Report on sanitation, dispensaries, and jails in Rajputana for 1910, and on vaccination for the year 1910-1911 - 1910-1911
Year: 1910
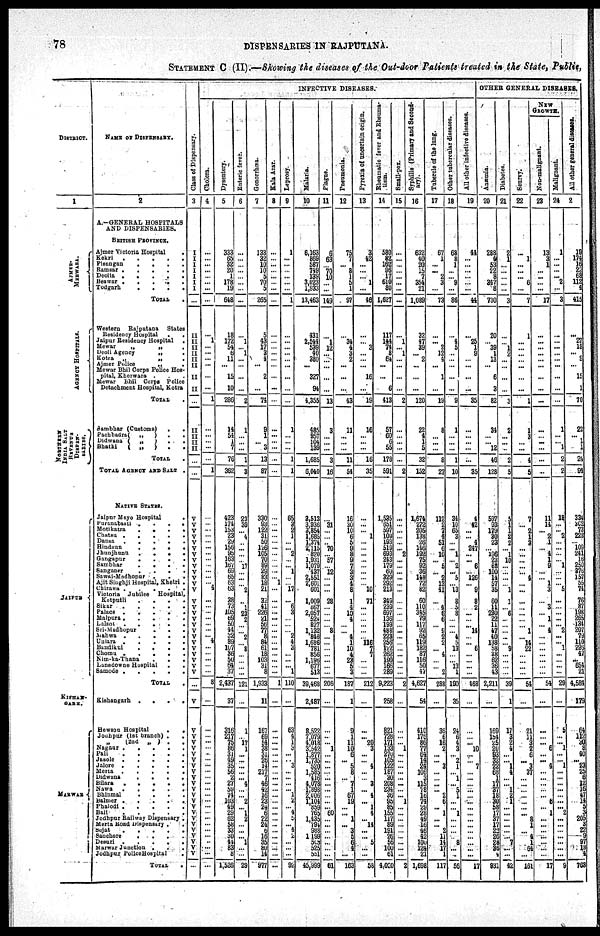
78
DISPENSARIES IN RAJPUTANA.
STATEMENT C (II).—Showing the diseases of the Out-door Patients treated in the State, Public,
DISTRICT.
1
AJMER¬
MERWARA.
AGENCY HOSPITALS.
NORTHERN
INDIA SALT
REVENUE
DISPEN¬
SARIES.
JAIPUR
KISHAN¬
GARH.
MARWAR
NAME OF DISPENSARY.
2
A.—GENERAL HOSPITALS
AND DISPENSARIES.
BRITISH PROVINCE.
Aimer Victoria Hospital
.
Kekri
.
.
.
.
.
Pisangan
.
.
.
.
Ramsar
.
.
.
.
.
Deolia
.
.
.
.
.
Beawar .
.
.
.
.
Todgarh
.
.
.
.
TOTAL
.
Western Rajputana States
Residency Hospital . .
Jaipur Residency Hospital .
Mewar
„
„ .
Deoli Agency
„ .
Kotra „
„ .
Ajmer Police
„ .
Mewar Bhil Corps Police Hos¬
------ Kherwara . . .
Mewar Bhil Corps Police
Detachment Hospital, Kotra
TOTAL .
Sambhar (Customs)
.
.
Pachbadra( „
) . .
Didwana (
„
)
.
.
Bhatki
( „
)
. .
TOTAL .
TOTAL AGENCY AND SALT .
NATIVE STATES.
Jaipur Mayo Hospital
.
Puranabasti .
.
.
.
Motikatra
.
.
.
.
Chatsu .
.
.
.
.
Dausa .
.
.
.
.
Hindaun
.
.
.
.
Jhunjhunu
.
.
.
.
Gangapur
.
.
.
.
Sambher
.
.
.
.
Sanganer
.
.
.
.
Sawai-Madhopur .
.
.
Ajit Singhji Hospital, Khetri .
Chirawa .
.
.
.
Victoria Jubllee Hospital.
Kotputli
.
.
.
.
Sikar
.
.
.
.
.
Palace
.
.
.
.
.
Malpura
.
.
.
.
.
Lalsot .
.
.
.
.
Sri-Madhopur
.
.
.
Mahwa .
.
.
.
.
Uniara
.
.
.
.
.
Bandikui
.
.
.
.
Chomu .
.
.
.
.
Nim-ka-Thana
.
.
.
Lansdowne Hospital
.
.
Samode .
.
.
.
.
TOTAL
.
Kishangarh .
.
.
.
Hewson Hospital
.
.
Jodhpur (1st branch) .
.
„ (2nd „ ) . .
Nagaur
.
.
.
.
.
Pali
.
.
.
.
.
Jasole
.
.
.
.
.
Jalore
.
.
.
.
.
Merta
.
.
.
.
.
Didwana
.
.
.
.
Bilara
.
.
.
.
.
Nawa
.
.
.
.
.
Bhinmal
.
.
.
.
Balmer
.
.
.
.
.
Phalodi
.
.
.
.
.
Bali
.
.
.
.
.
Jodhpur Railway Dispensary .
Merta Road Dispensary . .
Sojat
.
.
.
.
.
Sanchore
.
.
.
.
Desuri
.
.
.
.
.
Marwar Junction .
.
.
Jodhpur Police Hospital
.
TOTAL
.
Class of Dispensary.
3
I
I
I
I
I
I
I
...
II
II
II
II
II
II
II
II
...
II
II
II
II
...
...
V
V
V
V
V
V
V
V
V
V
V
V
V
V
V
V
V
V
V
V
V
V
V
V
V
V
...
V
V
V
V
V
V
V
V
V
V
V
V
V
V
V
V
V
V
V
V
V
V
V
...
INFECTIVE DISEASES.
Cholera.
4
...
...
...
...
...
...
...
...
... 1
...
...
...
...
...
...
1
...
...
...
...
...
1
...
...
...
...
...
...
...
...
...
...
...
... 1
...
...
...
...
...
...
... 4
...
...
...
...
...
8
...
...
...
...
...
...
...
...
...
...
...
...
...
...
...
...
...
...
...
...
...
...
...
...
Dysentery.
5
333
65
32
20
1
178
19
648
18
172
54
6
11
...
15
10
288
14
54
1
7
76
382
423
174
153
23
29
156
95
163
167
69
65
63
63
28
73
105
69
50
44
22
89
107
36
50
64
37
2,437
37
316
217
75
86
31
49
35
56
2
27
59
74
103
49
29
62
58
33
30
44
83
8
1,526
Enteric fever.
6
...
...
...
...
...
...
...
...
... 1
... 1
...
...
...
...
2
1
...
...
...
1
3
23
39
... 4
...
...
...
... 17
...
...
... 2
...
1
23
2
...
... 2
... 8
...
...
...
...
121
...
1
...
17
1
...
...
...
...
... 4
...
...
2
... 1
2
...
...
... 1
...
...
29
Gonorrhœa.
7
133
32
10
10
5
70
5
265
5
43
17 3
4
...
2
...
74
9
1
... 3
13
87
330
93
122
31
50
126
105
70 39
29
83
18
21
32
41
226
21
56
77 8
84
61
18
103
31
8
1,933
11
167
69
54 38
31
26
14
217
7
46
42
16
23
24
6
22 24
6
16
35
90
14
977
Kala Azar.
8
...
...
...
...
...
...
...
...
...
...
...
...
...
...
...
...
...
...
...
...
...
...
...
...
...
...
...
...
...
...
...
...
...
... 1
...
...
...
...
...
...
...
...
...
...
...
...
...
...
1
...
...
...
...
...
...
...
...
...
...
...
...
...
...
...
...
...
...
...
...
...
...
...
...
Leprosy.
9
1
...
...
...
...
...
...
1
...
...
...
...
...
...
...
...
...
1
...
...
...
1
1
65
3
2
1
...
... 2
...
... 1
...
... 17
...
6
3
...
...
... 2
4
3
...
...
... 1
110
...
63
4
1
3
...
... 3
...
...
...
... 1
2
... 4
5
... 4
2
...
...
...
92
Malaria.
10
6,163 869
587
749
139
3,023
1,933
13,463
431
2,544
539
40
380
...
327
94
4,356
485
957
104
139
1,685
6,040
3,513
3,936
3,854
1,685
1,374
2,115
820
1,931
1,079
437
2,551
2,601
601
1,009
867
2,057
524
827
1,132
846
1,686
781
856
l,l96
677
513
39,468
2,487
8,522
7,079
4018
3,542
1,877
1,735
520
1,585
416
4,073 1,896
2,006
1,104
859
765
1,435
794
988
1,199
503
525
581
45,999
Plague.
11
6
63
... 70
10
...
...
149
... 1
12
...
...
...
...
...
13
3
...
...
...
3
16
...
31
...
...
... 70
... 57
... 12
...
...
...
28
...
...
...
... 8
...
...
...
...
...
...
...
206
...
...
...
... 1
...
...
...
...
...
...
...
...
...
... 60
...
...
...
...
...
...
...
61
Pneumonia.
12
75
7
... 8
1
5
1
97
... 34
4
3
2
...
...
...
43
11
...
...
...
11
54
16
30
10
6
5 9
8
9
7
3
3
4
8
1
4
10
4
...
... 4
1
10
4
23
5
2
187
1
9
1
11
10
6
... 5
8
... 7
1
67
19
... ... 1
... 3
5 6
4
...
163
Pyrexia of uncertain origin.
13
3
42
...
...
... 1
...
46
...
... 3
...
...
...
16
...
19
16
...
...
...
16
35
...
...
... 1
...
...
...
...
...
...
...
... 10
71
...
...
...
...
...
... 116
7
7
...
...
...
212
...
...
...
20
5
...
... 4
...
... 2
... 4
... 1
4
... 14
...
... 5
...
...
58
Rheumatic fever and Rheuma¬
tism.
14
580
82
162 96
17
610
80
1,627
117
144
74
8
64
...
...
6
413
57
60
6
55
178
691
1,535
651
597
109
193
519 693
243
179
60
329
292
213
349
239
697
136
193
488
223
256
122
262
190
168
289
9,223
258
821
728
171
133
270
...
122
187
30
208
234
36
95
85
155
117
89
191 26
56
100
61
4,000
Small-pox.
15
...
...
...
...
...
...
...
...
... 1
... 1
...
...
...
...
2
...
...
...
...
...
2
...
...
...
...
...
... 2
...
...
...
...
...
...
...
...
...
...
...
...
...
...
...
...
...
...
...
2
...
...
...
... 1
...
...
...
...
...
...
...
...
1
...
...
...
...
...
...
...
...
...
2
Syphilis (Primary and Second¬
ary).
16
632
40
20
15
7
354
21
1,089
32
47
89
... 2
...
...
...
120
22
4
1
5
32
152
1,674
272
205
138
26
146
192
75
92
36
148
72
82
50
110
345
79
117
92
65
119
182
87
116
60
47
4,627
54
410
175
86
77
64
14
24
106
3
115
78
16
74
29
28
49
16
46 42
100
124
21
1,698
Tubercle of the long.
17
67
1
...
... 2
3
...
73
...
... 2
12
4
...
1
...
19
8
...
...
...
8
27
112
2
7
4
51
6
10
... 5
... 2
13
41
...
4
6
6
... 9
2
2
... 4
...
... 2
288
...
36
6
16
2
...
... 3
...
...
...
... 2
6
... 1
...
... 2
11
14
17
1
117
Other tubercular diseases.
18
68
8
1
...
... 9
...
86
... 4
5
...
...
...
...
...
9
1
...
...
...
1
10
34
10
65
3
...
... 1
... 2
... 5
...
13
8
5
8
...
...
... 4
5
13
...
... 13
1
190
35
24
6
4
3
... 2
1
... 1
...
5 1
...
... 1
...
...
...
... 8
... ...
56
All other infective diseases.
19
44
...
...
...
...
...
...
44
... 25
1
9
...
...
...
...
35
...
...
...
...
...
35
4
42
...
... 4
247
...
... 6
... 126
...
9
8
2
...
...
... 14
...
... 6
...
...
...
...
468
...
...
...
... 10
...
... 7
...
...
...
...
...
...
...
...
...
...
...
...
... ...
...
17
OTHER GENERAL DISEASES.
Amæmia.
20
288
4
53
22
8
347
8
730
20
... 39
1
13
...
6
3
82
34
...
... 12
46
128
597
93 179
30 23
... 196
23
68
100
14
57
35
60
11
230
22
11
47
40
138
58
38
62
36 43
2,211
...
169
154
25
20
93
32
22
68
1
17
37
18
30
68
17
37
17
23
20
28
36 4
931
Diabetes.
21
2
1
...
...
...
...
...
3
...
... 1
2
...
...
...
...
3
2
...
...
...
2
5
5
1
1
2
7
... 1
10
...
...
...
... 1
1
... 6
...
...
...
...
... 9
...
...
...
...
39
1
17
3
2
4
...
... 1
4
...
... 1
2
1
...
...
...
...
...
... 7
...
...
42
Scurvy.
22
...
1
...
...
... 6
...
7
1
...
...
...
...
...
...
...
1
1
3
...
...
4
5
7
... 2
1
3
...
...
...
...
... 4
...
...
...
...
...
...
... 1
... 14
22
...
...
...
...
54
...
21
11
3
1
6
... 3
37
... ...
...
...
...
... ... 8
1
... 1
1
64
...
161
NEW
GROWTH.
Non-malignant.
23
13
3
1
...
...
...
...
17
...
...
...
...
...
...
...
...
...
...
...
...
...
...
...
11
14
... 2
1
... 4
1
9
...
... 1
3
...
3
... 1
... 4
...
...
...
...
...
...
...
54
...
...
...
... 6
... ... 4
...
...
...
... ...
6
... 1
...
... ...
...
... ...
...
17
Malignant.
24
1
...
...
...
... 2
...
3
...
...
...
...
...
...
...
...
...
1
...
... 1
2
2
12
...
... 2
...
...
...
... 1
...
...
...
5
...
...
...
...
... 2
...
... 1
...
...
...
...
29
...
5
...
... 1
...
... 1
...
...
...
...
...
...
...
2 ...
...
...
...
...
...
...
9
All other general diseases.
25
19
174
16
22 68
112
4
415
... 27
18
... 9
...
15
1
70
22
... 1
1
24
94
334
202
73 228
... 109
241
16
250
376
157
55
74
76
87
198
265
134
207
79
110 296
47
... 654
21
4,584
179
64
112 20
8
40
... 23
25
6
12 16
47
14
5
3
205
3
22 9
97
19
4
763